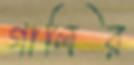
গালির